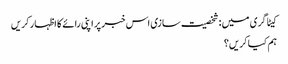
کیٹاگری میں : شخصیت سازی اس خبر پر اپنی رائے کا اظہار کریں
ہم کیا کریں؟